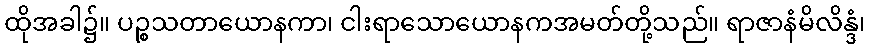
ထိုအခါ၌။ ပဉ္စသတာယောနကာ၊ ငါးရာသောယောနကအမတ်တို့သည်။ ရာဇာနံမိလိန္ဒံ၊